Senior Leaving Certificate Examination (including Day School Certificate (Higher) General paper), 1950
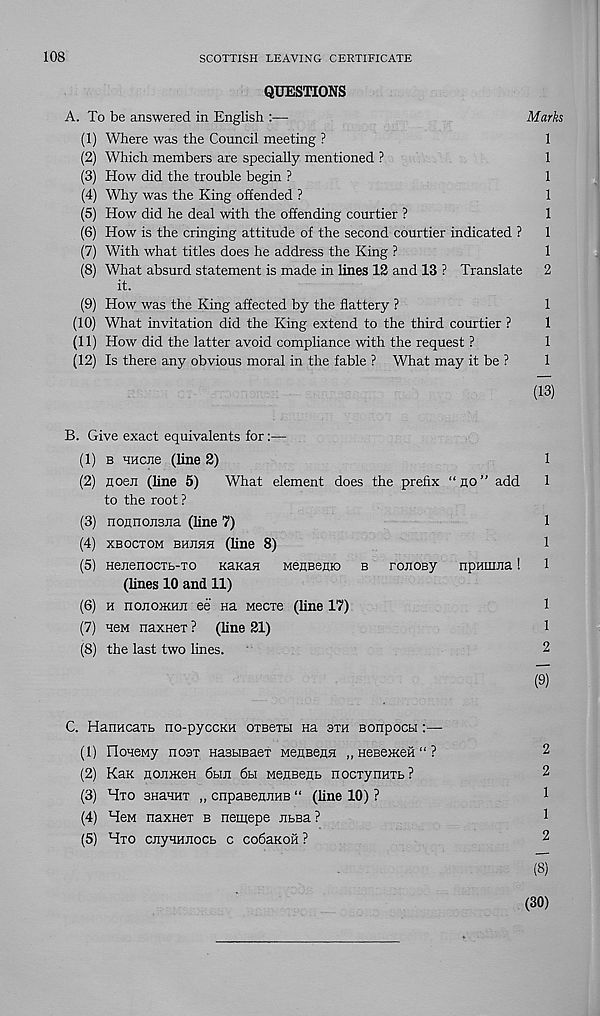
108
SCOTTISH LEAVING CERTIFICATE
QUESTIONS
A. To be answered in English :—
Marks
(1) Where was the Council meeting ?
1
(2) Which members are specially mentioned ?
1
(3) How did the trouble begin ?
1
(4) Why was the King offended ?
1
(5) How did he deal with the offending courtier ?
1
(6) How is the cringing attitude of the second courtier indicated ?
1
(7) With what titles does he address the King ?
1
(8) What absurd statement is made in lines 12 and 13 ? Translate 2
it.
(9) How was the King affected by the flattery ?
1
(10) What invitation did the King extend to the third courtier ?
1
(11) How did the latter avoid compliance with the request ?
1
(12) Is there any obvious moral in the fable ? What may it be ?
1
(13)
B. Give exact equivalents for:—
(1) b HHcne (line 2)
1
(2) floen (line 5)
What element does the prefix “no” add
1
to the root ?
(3) nonnojisna (line 7)
1
(4) xboctom bhjihh (line 8)
1
(5) Hejienocxb-To KaKan MenBenio b ronoBy npHimia!
1
(lines 10 and 11)
(6) h nojioiKHJi ee Ha Mecre (line 17)
1
(7) HeM naxneT ? (line 21)
1
(8) the last two lines.
2
(9)
C. HanHcatb no-pyccKH OTBexbi Ha sth sonpocbi:—
(1) rioneMy host HasbiBaer MensenH „ neBexceH “ ?
2
(2) Kax noiDKen 6biii 6bi MenBenb nocTynHTb?
2
(3) Hto BHaHHT „ cnpaBenjiHB “ (line 10) ?
1
(4) HeM naxHex b nemepe JitBa ?
1
(5) Hto cnyHHiiocb c codaKoii?
2
(8)
(30)